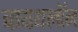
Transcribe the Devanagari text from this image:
बायथलॉन